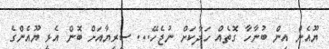
ޔޫއެން އިން ބުނާހާ ގޮތެއް ހަދާކަށް ނުޖެހޭ... ސީރިޔާއަށް ބޮން އެޅީ ޔޫއެންގެ